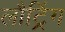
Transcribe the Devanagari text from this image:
लौट्रिंग